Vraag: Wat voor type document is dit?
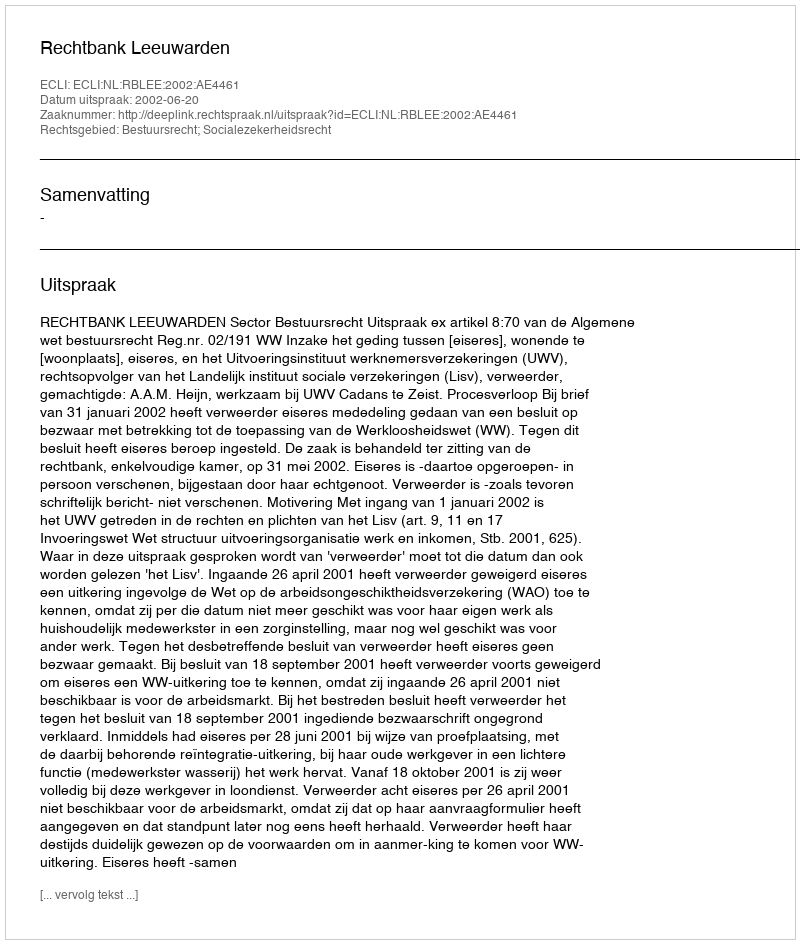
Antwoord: Uitspraak